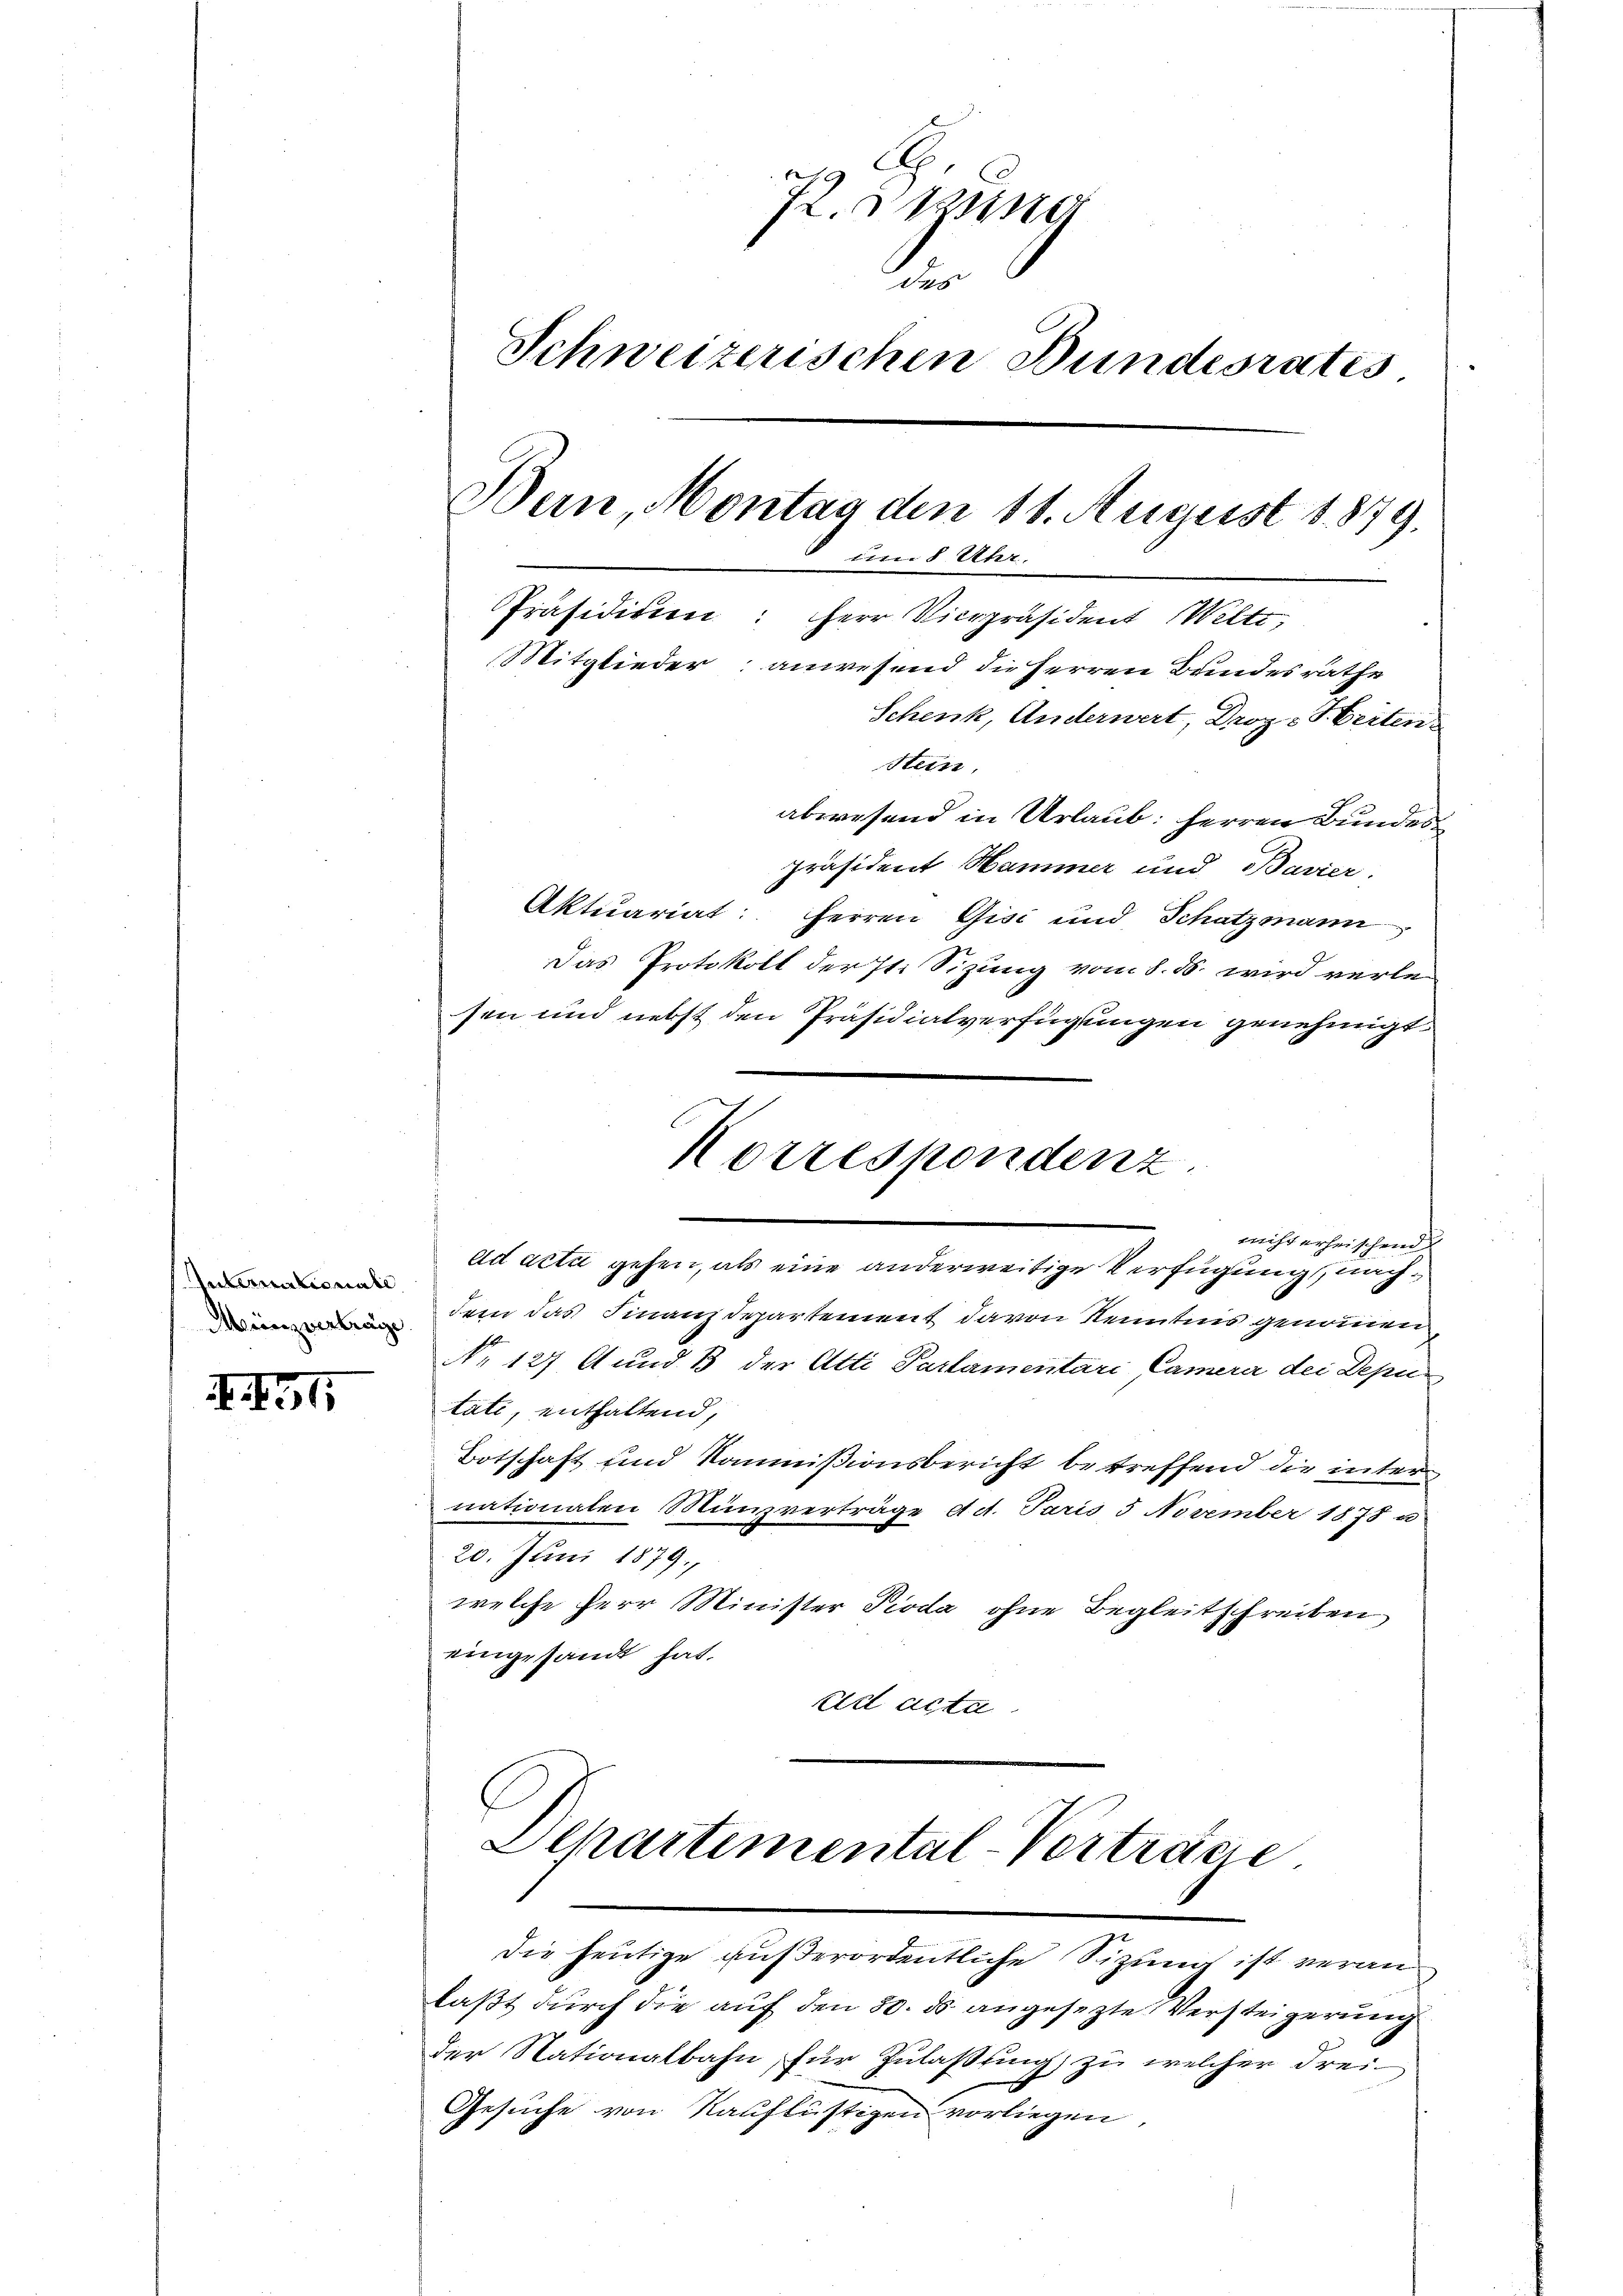
Internationale
Minzvertrage

XXII

72. 1
co
Schweizerischen Bundesratis
Dein Montag den 11. August 1879.
um 8 Uhr.
PPräsidiien: Herr Vicepräsident Welti,
Mitglieder anwesend die Herren Bundesräthe
Schenk, Anderwert, Droz. Herten
Stein.

abwesend in Urlaub: Herren Bundespräsident Hammer und Bavier.
Aktuariat: Herren Gisi und Schatzmann
Das Protokoll der Iti Sizung vom 8. ds. wird verle-
sen und nebst den Präsidialverfügungen genehmigt
ad acta gehen, als eine anderweitige Verfügung, nachdem das Finanzdepartement davon Kenntnis genommen,
No 127 A und 3 der Atti Parlamentari Camerer der Deputati, enthaltend,
Botschaft und Kommißionsbericht betreffend die inter
nationaten Münzverträge a M. Paris 5 November 1878 u
20. Juni 1879.
welche Herr Minister Pioda ohne Begleitschreiben
eingesandt hat.
Erl acta
Alkartemental-Verträge
die heutige außerordentliche Sizung ist veranlaßt durch die auf den 30. ds. angesezte Versteigerung
der Nationalbahn, für Zulaßung zu welcher Frei-
Gesuche von Kauflüstigen vorliegen,

Korrespondenz.
nicht erheischend